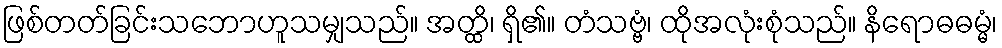
ဖြစ်တတ်ခြင်းသဘောဟူသမျှသည်။ အတ္ထိ၊ ရှိ၏။ တံသဗ္ဗံ၊ ထိုအလုံးစုံသည်။ နိရောဓဓမ္မံ၊